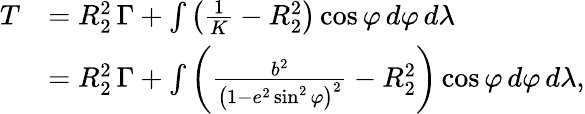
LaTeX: {\begin{array}{rl}{T}&{=R_{2}^{2}\, \Gamma+\int\left({\frac{1}{K}}-R_{2}^{2}\right)\cos\varphi\, d\varphi\, d\lambda}\\ &{=R_{2}^{2}\, \Gamma+\int\left({\frac{b^{2}}{{\bigl(}1-e^{2}\sin^{2}\varphi{\bigr)}^{2}}}-R_{2}^{2}\right)\cos\varphi\, d\varphi\, d\lambda,}\end{array}}